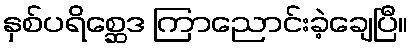
နှစ်ပရိစ္ဆေဒ ကြာညောင်းခဲ့ချေပြီ။